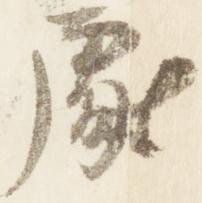
処